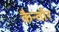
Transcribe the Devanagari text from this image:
कैन्तौर